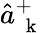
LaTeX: \hat{a}_{\mathrm{~\mathbf~k~}}^{+}